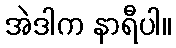
အဲဒါက နာရီပါ။